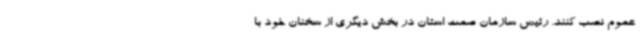
عموم نصب کنند. رئیس سازمان صمت استان در بخش دیگری از سخنان خود با